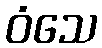
ဝံသေ